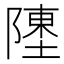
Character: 𬯔